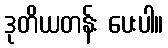
ဒုတိယတန်း ပေးပါ။